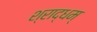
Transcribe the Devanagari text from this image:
श्राद्धम्‌